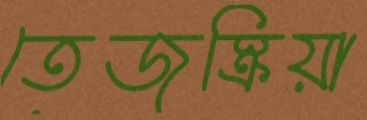
তেজস্ক্রিয়া